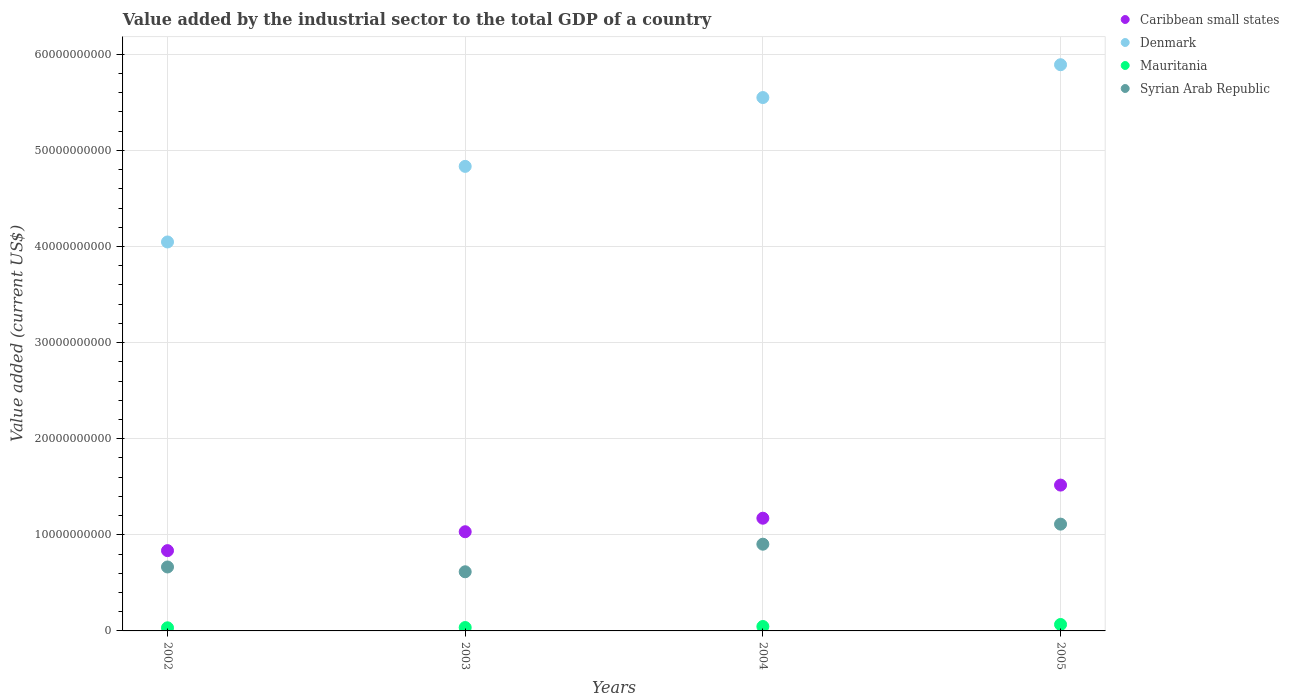
| Years | Caribbean small states | Denmark | Mauritania | Syrian Arab Republic |
 | --- | --- | --- | --- | --- |
 | 2002 | 8.35e+09 | 4.05e+10 | 3.25e+08 | 6.65e+09 |
 | 2003 | 1.03e+10 | 4.83e+10 | 3.52e+08 | 6.15e+09 |
 | 2004 | 1.17e+10 | 5.55e+10 | 4.6e+08 | 9.02e+09 |
 | 2005 | 1.52e+10 | 5.89e+10 | 6.69e+08 | 1.11e+10 |